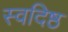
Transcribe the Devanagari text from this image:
स्वदिष्ठ